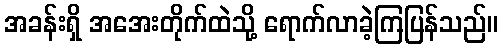
အခန်းရှိ အအေးတိုက်ထဲသို့ ရောက်လာခဲ့ကြပြန်သည်။